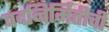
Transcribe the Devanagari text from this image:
पदनिर्मितीची